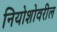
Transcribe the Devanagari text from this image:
नियोशोवरील